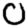
Digit: 0